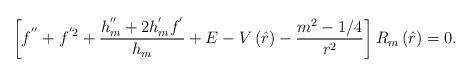
LaTeX: \begin{align*}\left[ f^{^{\prime \prime }}+f^{^{\prime }2}+\frac{h_{m}^{^{\prime \prime}}+2h_{m}^{^{\prime }}f^{^{\prime }}}{h_{m}}+E-V\left( \hat{r}\right) -\frac{m^{2}-1/4}{r^{2}}\right] R_{m}\left( \hat{r}\right) =0.\end{align*}